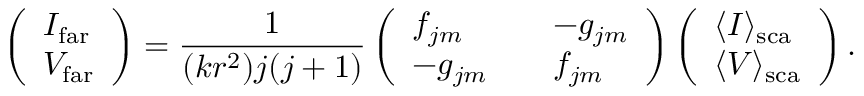
\left( \begin{array} { l } { I _ { \mathrm { f a r } } } \\ { V _ { \mathrm { f a r } } } \end{array} \right) = \frac { 1 } { ( k r ^ { 2 } ) j ( j + 1 ) } \left( \begin{array} { l l l } { f _ { j m } } & & { - g _ { j m } } \\ { - g _ { j m } } & & { f _ { j m } } \end{array} \right) \left( \begin{array} { l } { \langle I \rangle _ { \mathrm { s c a } } } \\ { \langle V \rangle _ { \mathrm { s c a } } } \end{array} \right) .